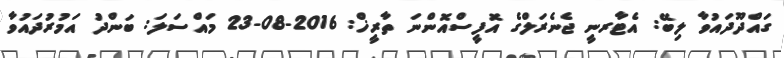
ގައްދޫދައުވާ ލިބޭ: އެޓާރނީ ޖެނެރަލްގެ އޮފީސްއޮންނަ ތާރީޚް: 2016-08-23 މައްސަލަ: ބަންދު އަމުރުދައުވާ